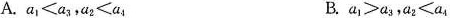
A.$$a1≤a3+a2≤a4$$ B.$$a>a3，a2≤a4$$